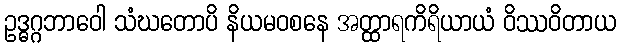
ဥဒ္ဓဂ္ဂဘာဝေါ သံဃတောပိ နိယမဝစနေ အတ္ထာရကိရိယာယံ ဝိဿဝိတာယ